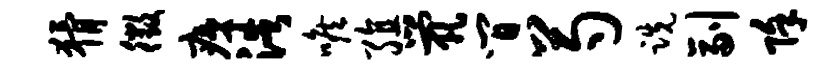
猾徵痍浩喉殖茕间芍跣副除